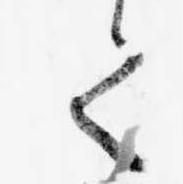
て